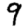
Digit: 9